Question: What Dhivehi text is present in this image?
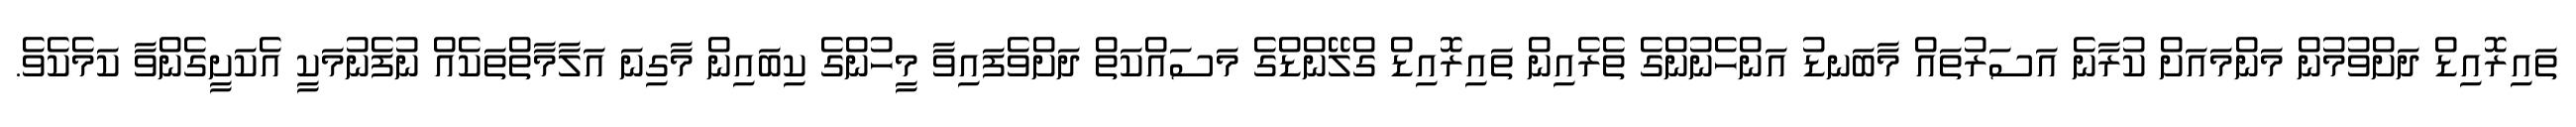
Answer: ތައިރޮއިޑް ދަށްވުމުން މަންމައަށް ކުރާނެ އަސަރުތައް މާބަނޑު އަންހެނުންގެ ތެރެއިން ތައިރޮއިޑް ގްލޭންޑްގެ މަސައްކަތް ދަށްވެފައިވާ މީހުންގެ ކިބައިން މާގިނަ އަލާމާތްތަކެއް ނުފެނުމަކީ އެކަށީގެންވާ ކަމެކެވެ.